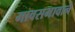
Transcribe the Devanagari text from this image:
मावसभावाने